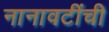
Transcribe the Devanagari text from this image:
नानावटींची